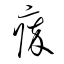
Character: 瘁